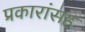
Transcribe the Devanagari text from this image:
प्रकारांसह